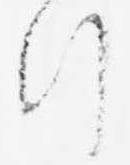
行